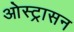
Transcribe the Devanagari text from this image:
ओस्ट्रासन